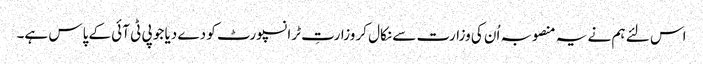
اس لئے ہم نے یہ منصوبہ اُن کی وزارت سے نکال کر وزارتِ ٹرانسپورٹ کو دے دیا جو پی ٹی آئی کے پاس ہے۔